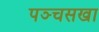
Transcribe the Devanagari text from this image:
पञ्चसखा